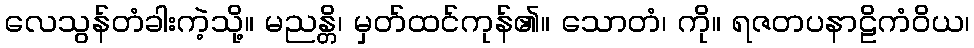
လေသွန်တံခါးကဲ့သို့။ မညန္တိ၊ မှတ်ထင်ကုန်၏။ သောတံ၊ ကို။ ရဇတပနာဠိကံဝိယ၊